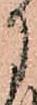
月